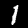
Label: 1